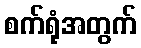
စက်ရုံအတွက်